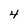
Character: 4